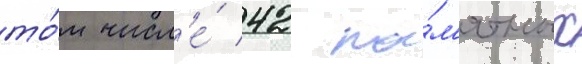
то́м числ'е́ 42 па́м'ятных